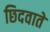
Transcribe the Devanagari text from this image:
छिदवाते